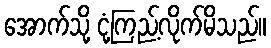
အောက်သို့ ငုံ့ကြည့်လိုက်မိသည်။